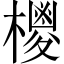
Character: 㯶